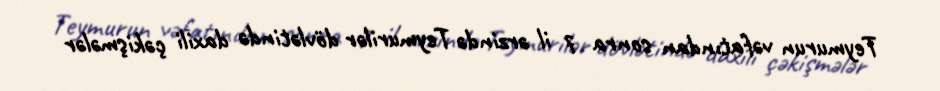
Teymurun vəfatından sonra 7 il ərzində Teymurilər dövlətində daxili çəkişmələr